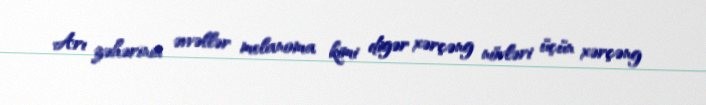
Arı zəhərinin əvvəllər melanoma kimi digər xərçəng növləri üçün xərçəng